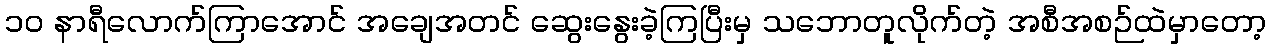
၁၀ နာရီလောက်ကြာအောင် အချေအတင် ဆွေးနွေးခဲ့ကြပြီးမှ သဘောတူလိုက်တဲ့ အစီအစဉ်ထဲမှာတော့